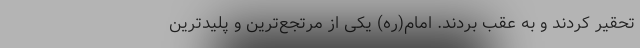
تحقیر کردند و به عقب بردند. امام(ره) یکی از مرتجع‌ترین و پلیدترین